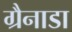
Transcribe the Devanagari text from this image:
ग्रैनाडा